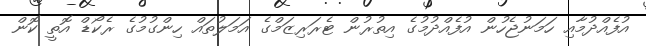
އުފެއްދުމާއި ހަމަނުޖެހުން އުފެއްދުމުގެ އިތުރުން ޓެރަރިޒަމްގެ އަމަލުތައް ހިންގުމުގެ ރެކޯޑް އޮތީ ކޮން